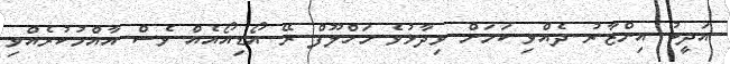
އަދީބު އިންޒާރު ދެއްވި ކަމަށް ވިދާޅުވެ މަހްލޫފް ރޭ އޯޑިއޯއެއް ވެސް އާއްމުކުރެއްވި